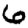
Digit: 6